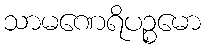
သာမဏေရိပဉ္စမော